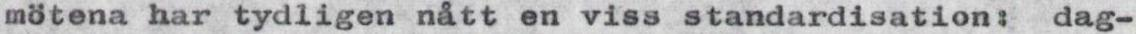
mötena har tydligen nått en viss standardisation: dag-